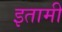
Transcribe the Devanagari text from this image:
इतामी